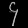
Digit: ၄